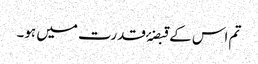
تم اس کے قبضۂ قدرت میں ہو۔